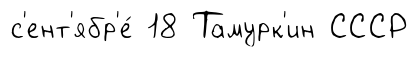
с'ент'ябр'е́ 18 Тамурк'ин СССР